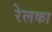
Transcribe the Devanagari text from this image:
रेलका